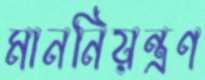
মাননিয়ন্ত্রণ